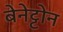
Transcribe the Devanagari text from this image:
बेनेट्टोन